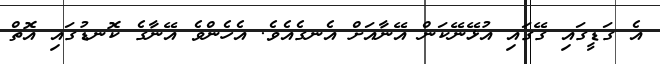
އެ ގަޑީގައި ގޭގައި އުޅޭނޭކަން އޭނާއަށް އެނގެއެވެ. އެހެންވެ އޭނާގެ ކޮނޑުގައި އޮތް